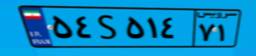
۳۵S۴۷۳۰۹